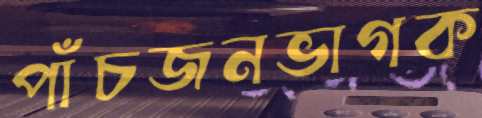
পাঁচজনভাগক